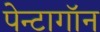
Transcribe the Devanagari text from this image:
पेन्टागॉन